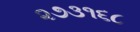
૨૭૩૧૬૮